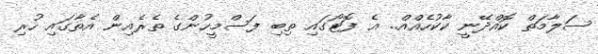
ސަލާމަތް ކޮއްދޭނީ ކާކުހެއްއް.. އެ ފޮޓޯގައި ތިބި ފަސްމީހުންގެ ތެރެއިން އެތާގައި ހުރި